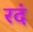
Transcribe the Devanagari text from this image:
रदं